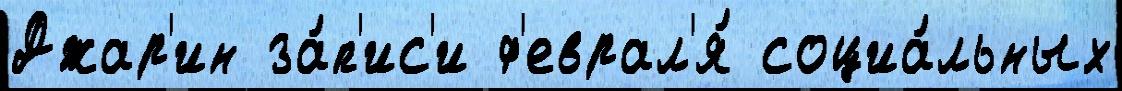
Джар'ин за́п'ис'и ф'еврал'я́ социа́льных